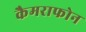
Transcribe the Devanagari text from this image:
कैमराफोन